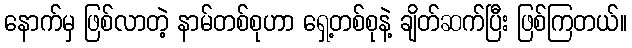
နောက်မှ ဖြစ်လာတဲ့ နာမ်တစ်စုဟာ ရှေ့တစ်စုနဲ့ ချိတ်ဆက်ပြီး ဖြစ်ကြတယ်။